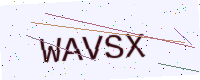
Text: WAVSX